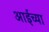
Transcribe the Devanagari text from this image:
आईच्‍या